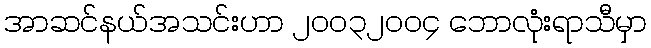
အာဆင်နယ်အသင်းဟာ ၂၀၀၃၂၀၀၄ ဘောလုံးရာသီမှာ